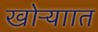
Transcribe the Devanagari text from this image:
खोऱ्याात